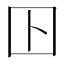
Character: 𡆥